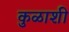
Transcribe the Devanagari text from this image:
कुळाशी